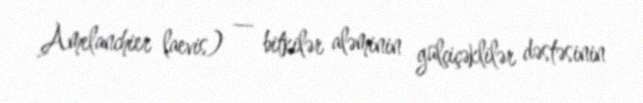
Amelanchier laevis) — bitkilər aləminin gülçiçəklilər dəstəsinin